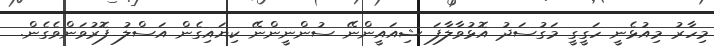
މިހާރު މިއުޅެނީ ހަގީގީ މަގުސަދު އޮޅުވާލާފަ ޝިއައީންނޭ ސުންނީންނޭ ކިޔައިގެން އަސްލު ފޮރުވަންވެގެން.